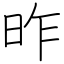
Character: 昨